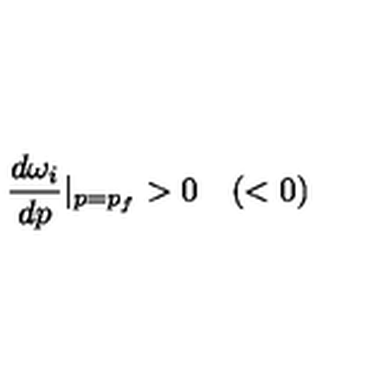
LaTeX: \frac { d \omega _ { i } } { d p } | _ { p = p _ { f } } > 0 \quad ( < 0 )